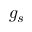
g _ { s }